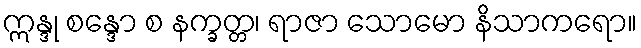
ဣန္ဒု စန္ဒော စ နက္ခတ္တ၊ ရာဇာ သောမော နိသာကရော။